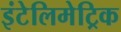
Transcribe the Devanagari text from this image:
इंटेलिमेट्रिक